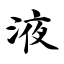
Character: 液